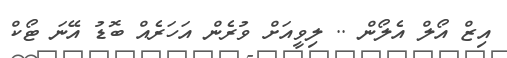
އިޒް އޯލް އެލޯން .. ލިވީއަށް ވުރެން އަހަރެއް ބޮޑު އޭނަ ޓޯކް